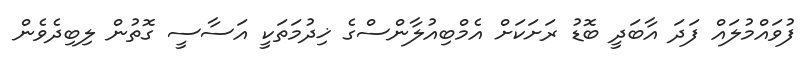
ފުވައްމުލައް ފަދަ އާބަދީ ބޮޑު ރަށަކަށް އެމްބިއުލާންސްގެ ޚިދުމަތަކީ އަސާސީ ގޮތުން ލިބިދެވެން